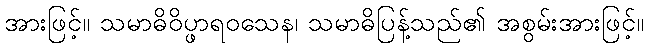
အားဖြင့်။ သမာဓိဝိပ္ဖာရဝသေန၊ သမာဓိပြန့်သည်၏ အစွမ်းအားဖြင့်။